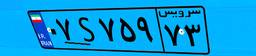
۰۷S۷۵۹۷۳